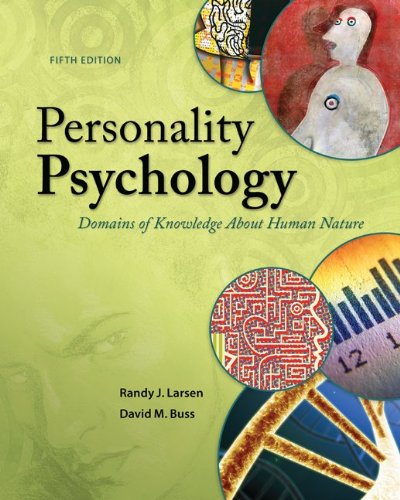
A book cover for Personality Psychology: Domains of Knowledge About Human Nature; Randy Larsen; Health, Fitness & Dieting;